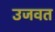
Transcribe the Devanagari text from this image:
उजवत